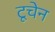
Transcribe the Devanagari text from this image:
टूचेन